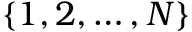
\{ 1 , 2 , \ldots , N \}